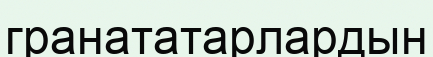
гранататарлардын